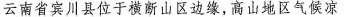
云南省宾川县位于横断山区边缘，高山地区气候凉